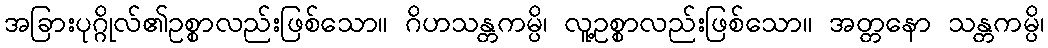
အခြားပုဂ္ဂိုလ်၏ဥစ္စာလည်းဖြစ်သော။ ဂိဟသန္တကမ္ပိ၊ လူ့ဥစ္စာလည်းဖြစ်သော။ အတ္တနော သန္တကမ္ပိ၊